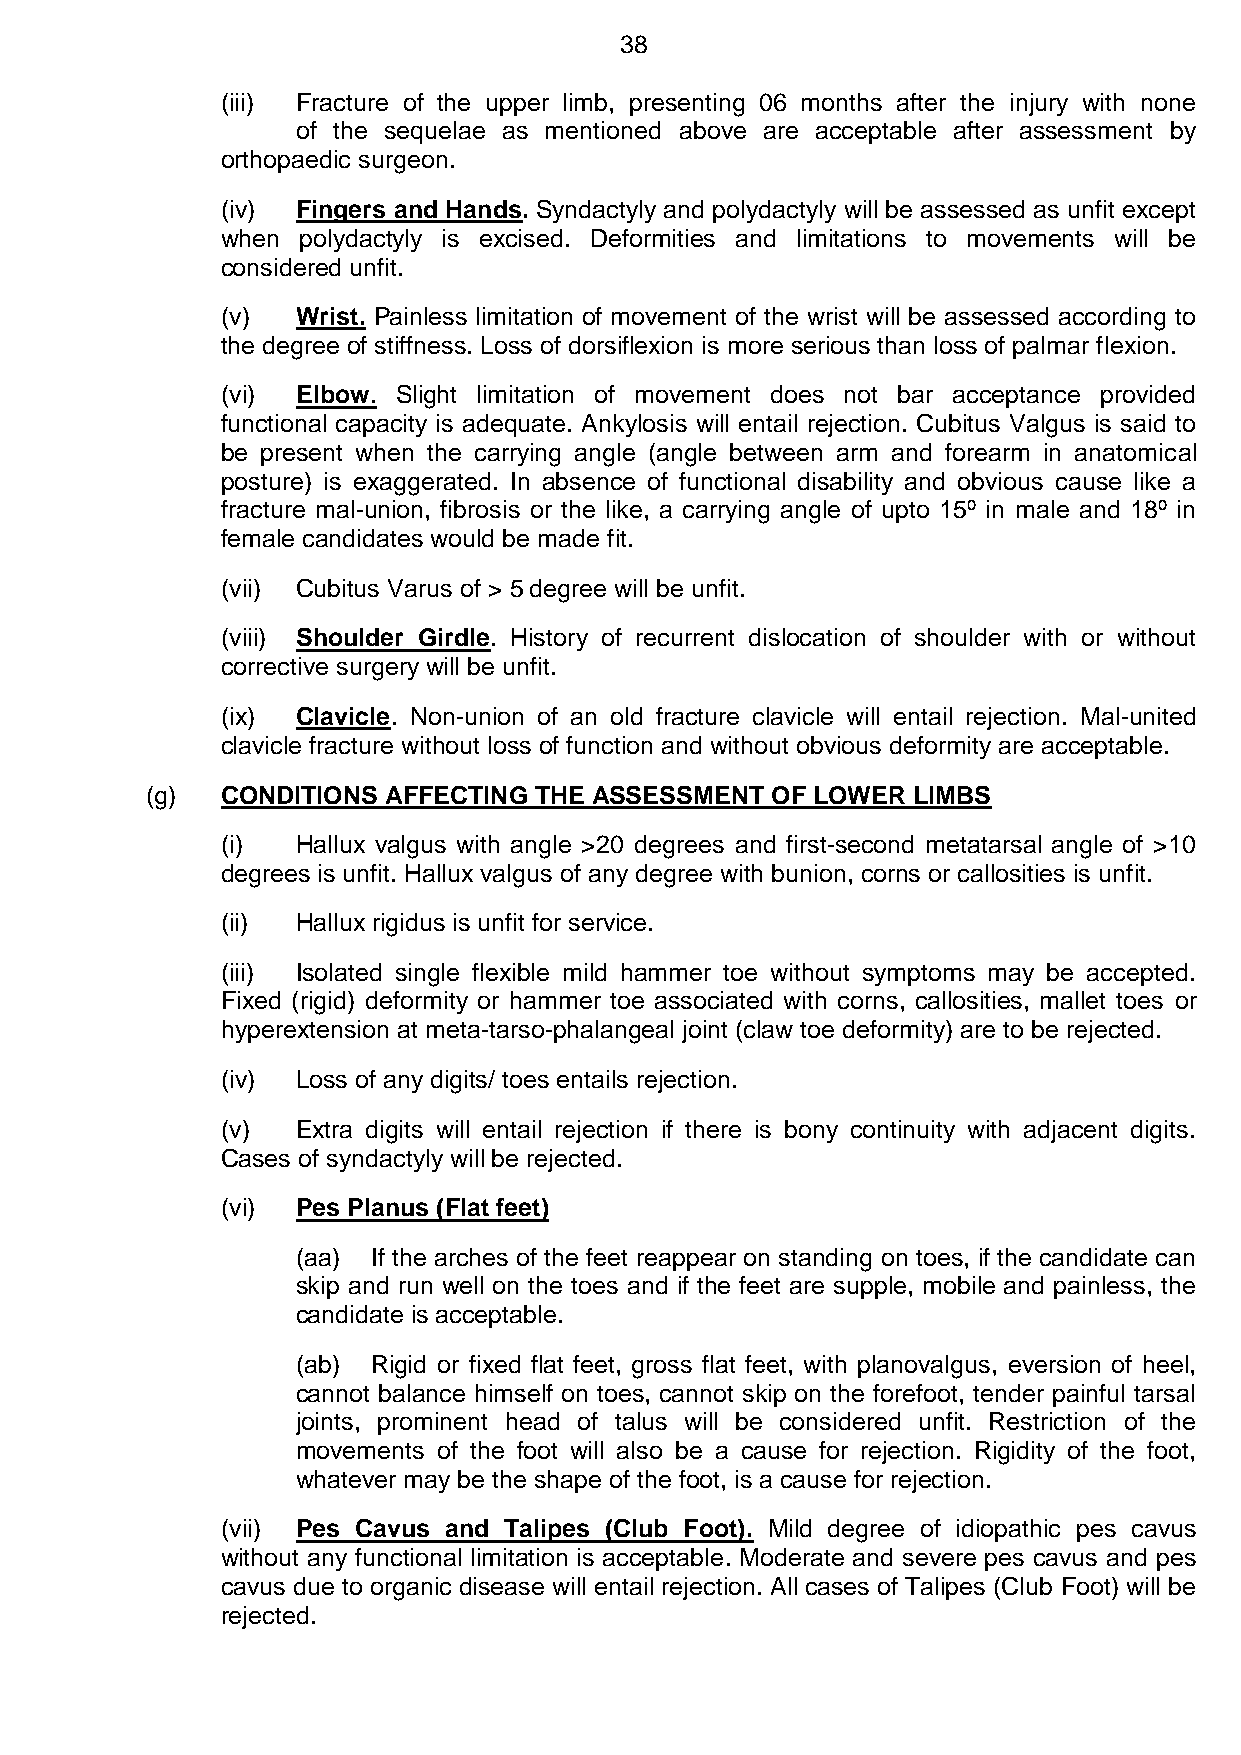
38
 (iii) Fracture of the upper limb, presenting 06 months after the injury with none
 of the sequelae as mentioned above are acceptable after assessment by
 orthopaedic surgeon.
 (iv) Fingers and Hands. Syndactyly and polydactyly will be assessed as unfit except
 when polydactyly is excised. Deformities and limitations to movements will be
 considered unfit.
 (v)  Wrist. Painless limitation of movement of the wrist will be assessed according to
 the degree of stiffness. Loss of dorsiflexion is more serious than loss of palmar flexion.
 (vi) Elbow. Slight limitation of movement does not bar acceptance provided
 functional capacity is adequate. Ankylosis will entail rejection. Cubitus Valgus is said to
 be present when the carrying angle (angle between arm and forearm in anatomical
 posture) is exaggerated. In absence of functional disability and obvious cause like a
 fracture mal-union, fibrosis or the like, a carrying angle of upto 15º in male and 18º in
 female candidates would be made fit.
 (vii) Cubitus Varus of > 5 degree will be unfit.
 (viii) Shoulder Girdle. History of recurrent dislocation of shoulder with or without
 corrective surgery will be unfit.
 (ix) Clavicle. Non-union of an old fracture clavicle will entail rejection. Mal-united
 clavicle fracture without loss of function and without obvious deformity are acceptable.
 (g)  CONDITIONS AFFECTING THE ASSESSMENT OF LOWER LIMBS
 (i)  Hallux valgus with angle >20 degrees and first-second metatarsal angle of >10
 degrees is unfit. Hallux valgus of any degree with bunion, corns or callosities is unfit.
 (ii) Hallux rigidus is unfit for service.
 (iii) Isolated single flexible mild hammer toe without symptoms may be accepted.
 Fixed (rigid) deformity or hammer toe associated with corns, callosities, mallet toes or
 hyperextension at meta-tarso-phalangeal joint (claw toe deformity) are to be rejected.
 (iv) Loss of any digits/ toes entails rejection.
 (v)  Extra digits will entail rejection if there is bony continuity with adjacent digits.
 Cases of syndactyly will be rejected.
 (vi) Pes Planus (Flat feet)
 (aa) If the arches of the feet reappear on standing on toes, if the candidate can
 skip and run well on the toes and if the feet are supple, mobile and painless, the
 candidate is acceptable.
 (ab) Rigid or fixed flat feet, gross flat feet, with planovalgus, eversion of heel,
 cannot balance himself on toes, cannot skip on the forefoot, tender painful tarsal
 joints, prominent head of talus will be considered unfit. Restriction of the
 movements of the foot will also be a cause for rejection. Rigidity of the foot,
 whatever may be the shape of the foot, is a cause for rejection.
 (vii) Pes Cavus and Talipes (Club Foot). Mild degree of idiopathic pes cavus
 without any functional limitation is acceptable. Moderate and severe pes cavus and pes
 cavus due to organic disease will entail rejection. All cases of Talipes (Club Foot) will be
 rejected.